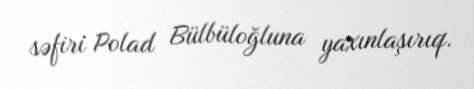
səfiri Polad Bülbüloğluna yaxınlaşırıq.